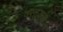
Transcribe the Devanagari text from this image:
वस्तुजात